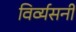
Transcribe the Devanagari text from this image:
विर्व्यसनी